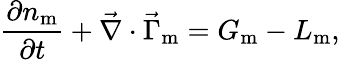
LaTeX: \frac{\partial{n_{\mathrm{m}}}}{\partial{t}}+\vec{\nabla}\cdot\vec{\Gamma}_{\mathrm{m}}=G_{\mathrm{m}}-L_{\mathrm{m}},